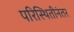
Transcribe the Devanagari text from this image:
परिस्थितीनंतर